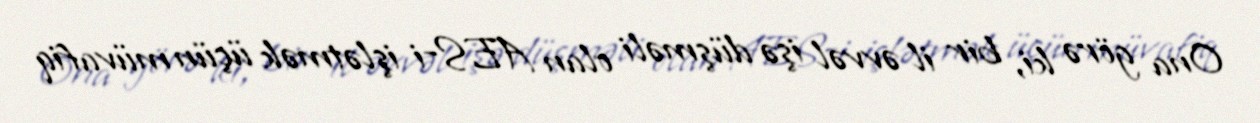
Ona görə ki, bir il əvvəl işə düşməli olan AES-i işlətmək üçün müvafiq